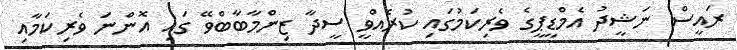
ރައީސް ނަޝީދު އެމްޑީޕީގެ ވެރިކަމުގައި ކުރެއްވީ ސީދާ ޒިންމާބާބްވޭ ގައި އޮންނަ ވެރިކަމާއި